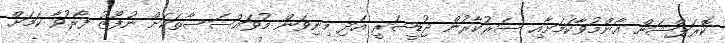
ކޮރަޕްޝަން އާންމުވާކަމަށާއި ސަރުކާރުން ޖުޑީޝަރީ އަދި މިނިވަން މުވައްސަސާތަކަށް ނުފޫޒު ފޯރުވާ ކަމަށް